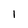
Character: 1